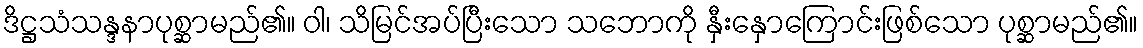
ဒိဋ္ဌသံသန္ဒနာပုစ္ဆာမည်၏။ ဝါ၊ သိမြင်အပ်ပြီးသော သဘောကို နှီးနှောကြောင်းဖြစ်သော ပုစ္ဆာမည်၏။